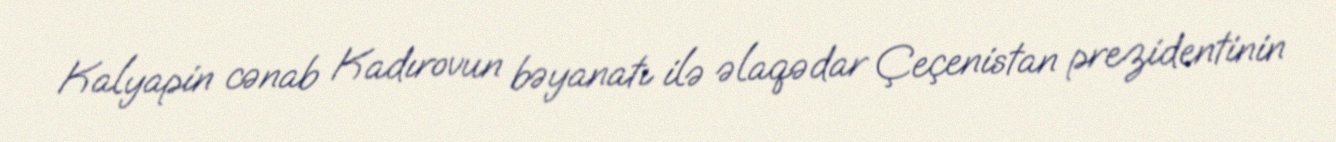
Kalyapin cənab Kadırovun bəyanatı ilə əlaqədar Çeçenistan prezidentinin